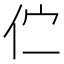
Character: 伫